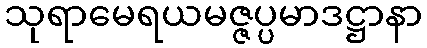
သုရာမေရယမဇ္ဇပ္ပမာဒဋ္ဌာနာ